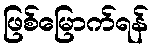
ဖြစ်မြောက်ရန်